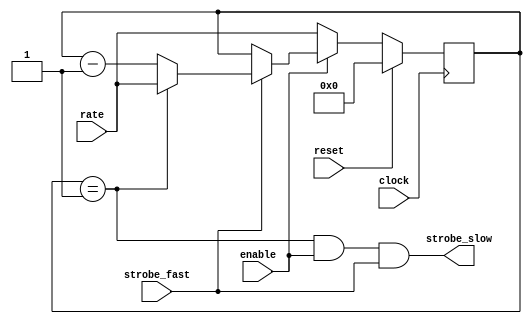
//
//  SMINI2 - Universal Software Radio Peripheral Mk II
//
//  Copyright (C) 2008 Matt Ettus
//

//

module cic_strober
  #(parameter WIDTH=8)
    ( input clock,
      input reset,
      input enable,
      input [WIDTH-1:0] rate, // Rate should EQUAL to your desired divide ratio, no more -1 BS
      input strobe_fast,
      output wire strobe_slow );
   
   reg [WIDTH-1:0] counter;
   wire      now = (counter==1);
   assign    strobe_slow = now && enable && strobe_fast;
   
   always @(posedge clock)
     if(reset)
       counter <= 0; 
     else if (~enable)
       counter <= rate;
     else if(strobe_fast)
       if(now)
	 counter <= rate;
       else 
	 counter <= counter - 1;
   
endmodule // cic_strober